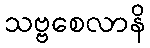
သဗ္ဗစေလာနိ